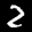
Label: 2